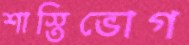
শাস্তিভোগ